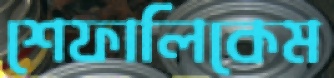
শেফালিকেম